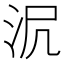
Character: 𣲻